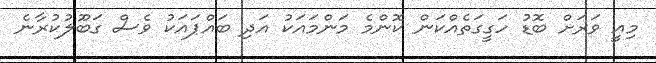
މިއީ ވަރަށް ބޮޑު ހަގީގަތެއްކަން ކޮންމެ މަންމައަކު އަދި ބައްޕައަކު ވެސް ގަބޫލުކުރާނެ